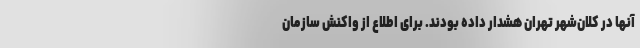
آنها در کلان‌شهر تهران هشدار داده بودند. برای اطلاع از واکنش سازمان